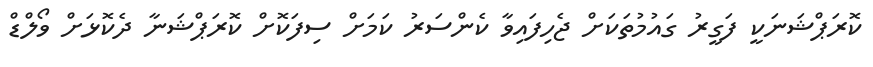
ކޮރަޕްޝަނަކީ ފަގީރު ގައުމުތަކަށް ޖެހިފައިވާ ކެންސަރު ކަމަށް ސިފަކޮށް ކޮރަޕްޝަނާ ދެކޮޅަށް ވޯލްޑް